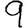
Digit: 9